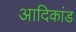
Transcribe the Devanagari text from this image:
आदिकांड